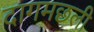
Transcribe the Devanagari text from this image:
दागमछली